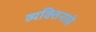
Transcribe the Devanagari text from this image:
व्यक्तिनावे